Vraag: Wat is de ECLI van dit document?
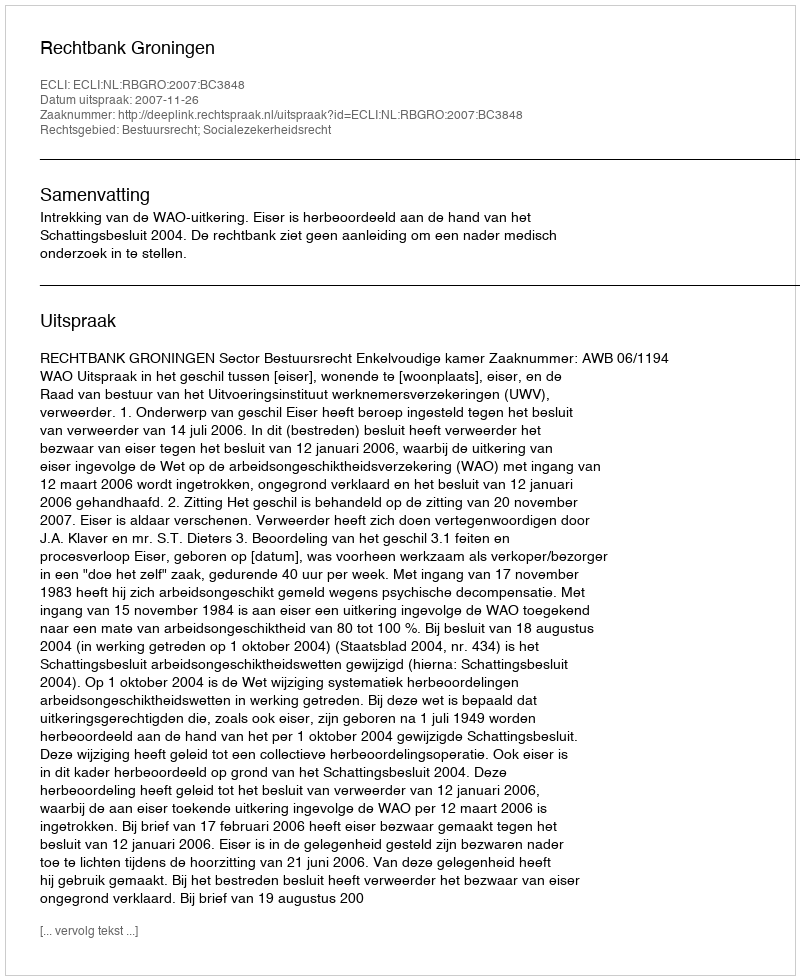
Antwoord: ECLI:NL:RBGRO:2007:BC3848